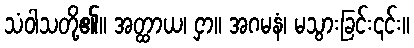
သံဝါသတို့၏။ အတ္ထာယ၊ ငှာ။ အဂမနံ၊ မသွားခြင်း၎င်း။